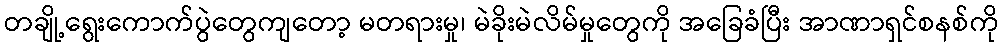
တချို့ရွေးကောက်ပွဲတွေကျတော့ မတရားမှု၊ မဲခိုးမဲလိမ်မှုတွေကို အခြေခံပြီး အာဏာရှင်စနစ်ကို